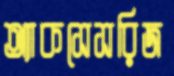
অ্যাকসেসরিজ